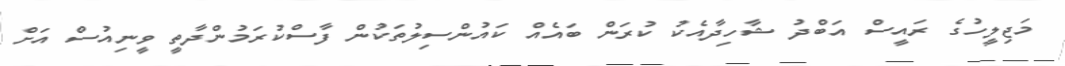
މަޖިލީހުގެ ރައީސް އަބްދު ޝާހިދާއެކު ކުރަން ބައެއް ކައުންސިލުތަކުން ފާސްކުރަމުންދާތީ ވީނިއުސް އަށް